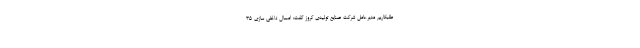
طلبکاریم مدیرعامل شرکت صنایع تولیدی کروز گفت: امسال داخلی سازی 35